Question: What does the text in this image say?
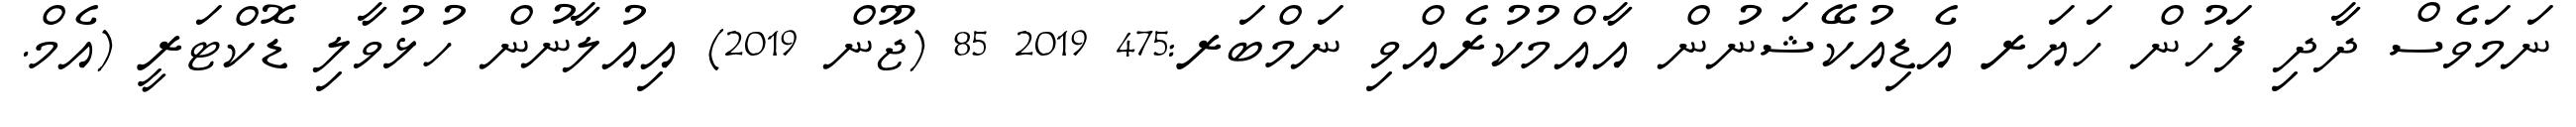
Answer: ނަމަވެސް ދާދި ފަހުން ހަޔަރ އެޑިއުކޭޝަނުން އާއްމުކުރެއްވި ނަމްބަރ:475 2019 85 (ޖޫން 2019) އިއުލާނުން ހުޅުވާލި ޑޮކްޓަރީ (އެމް.